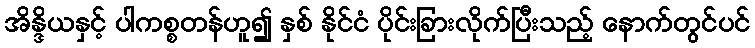
အိန္ဒိယနှင့် ပါကစ္စတန်ဟူ၍ နှစ် နိုင်ငံ ပိုင်းခြားလိုက်ပြီးသည့် နောက်တွင်ပင်